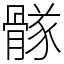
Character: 䯟